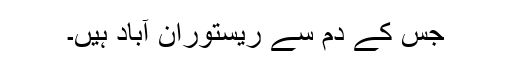
جس کے دم سے ریستوران آباد ہیں۔